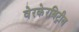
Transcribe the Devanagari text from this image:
वेरकेरबिट्रीब